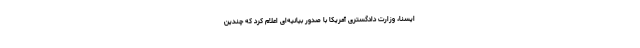
ایسنا، وزارت دادگستری آمریکا با صدور بیانیه‌ای اعلام کرد که چندین